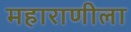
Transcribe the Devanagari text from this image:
महाराणीला